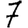
Digit: 7